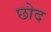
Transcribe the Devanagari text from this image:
छोद